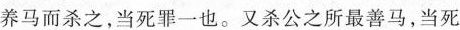
养马而杀之，当死罪一也。又杀公之所最善马，当死